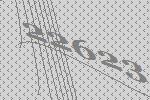
22623